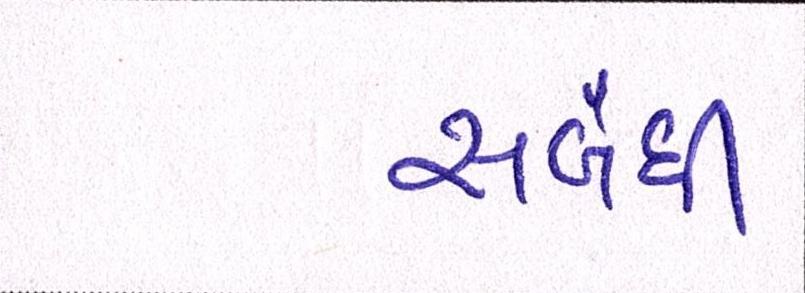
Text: સબંધી